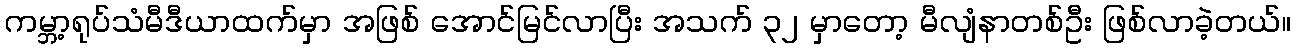
ကမ္ဘာ့ရုပ်သံမီဒီယာထက်မှာ အဖြစ် အောင်မြင်လာပြီး အသက် ၃၂ မှာတော့ မီလျံနာတစ်ဦး ဖြစ်လာခဲ့တယ်။